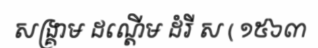
សង្គ្រាម ដណ្តើម ដំរី ស ( ១៥៦៣